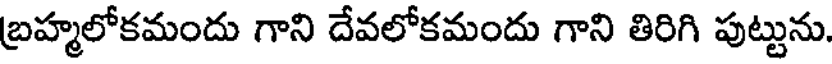
బ్రహ్మలోకమందు గాని దేవలోకమందు గాని తిరిగి పుట్టును